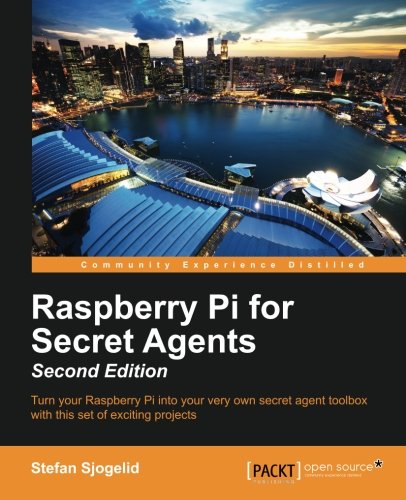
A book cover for Raspberry Pi for Secret Agents - Second Edition; Stefan Sjogelid; Computers & Technology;